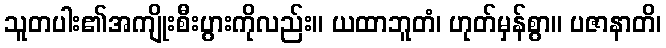
သူတပါး၏အကျိုးစီးပွားကိုလည်း။ ယထာဘူတံ၊ ဟုတ်မှန်စွာ။ ပဇာနာတိ၊